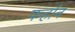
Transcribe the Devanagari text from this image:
फर्हान